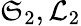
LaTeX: \mathfrak{S}_{2},\mathcal{L}_{2}